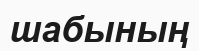
шабының